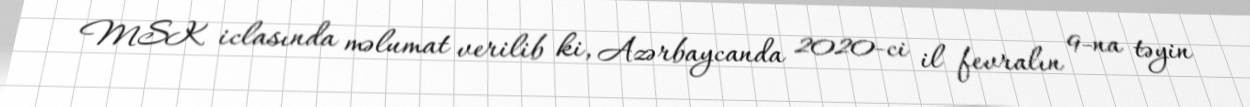
MSK iclasında məlumat verilib ki, Azərbaycanda 2020-ci il fevralın 9-na təyin